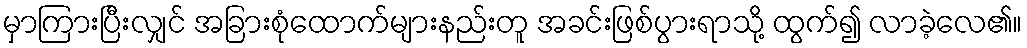
မှာကြားပြီးလျှင် အခြားစုံထောက်များနည်းတူ အခင်းဖြစ်ပွားရာသို့ ထွက်၍ လာခဲ့လေ၏။